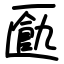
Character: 㔲